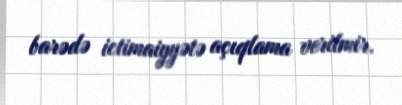
barədə ictimaiyyətə açıqlama verilmir.